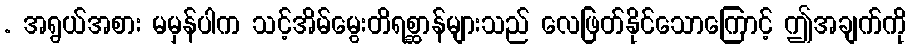
. အရွယ်အစား မမှန်ပါက သင့်အိမ်မွေးတိရစ္ဆာန်များသည် လေဖြတ်နိုင်သောကြောင့် ဤအချက်ကို